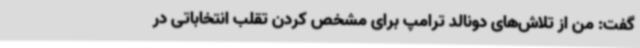
گفت: من از تلاش‌های دونالد ترامپ برای مشخص کردن تقلب انتخاباتی در